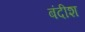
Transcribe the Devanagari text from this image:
बंदीश